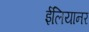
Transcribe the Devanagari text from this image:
ईलियानर